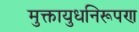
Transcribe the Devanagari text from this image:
मुक्तायुधनिरूपण